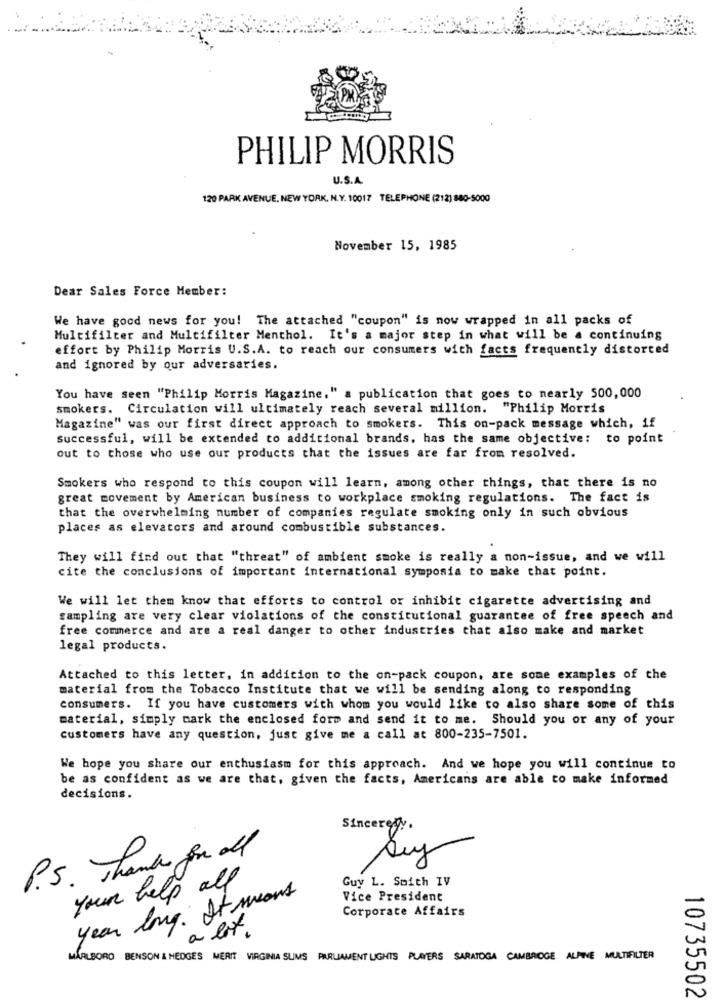
PHILIP MORRIS
U.S.A.
120 PARK AVENUE, NEW YORK, N.Y. 10017 TELEPHONE (212) 880-5000
November 15, 1985
Dear Sales Force Member:
We have good news for you! The attached "coupon" is now wrapped in all packs of
Multifilter and Multifilter Menthol. It's a major step in what will be a continuing
effort by Philip Morris U.S.A. to reach our consumers with facts frequently distorted
and ignored by our adversaries.
You have seen "Philip Morris Magazine." a publication that goes to nearly 500,000
smokers. Circulation will ultimately reach several million. "Philip Morris
Magazine" was our first direct approach to smokers. This on-pack message which, if
successful, will be extended to additional brands, has the same objective: to point
out to those who use our products that the issues are far from resolved.
Smokers who respond to this coupon will learn, among other things, that there is no
great movement by American business to workplace smoking regulations. The fact is
that the overwhelming number of companies regulate smoking only in such obvious
places as elevators and around combustible substances.
They will find out that "threat" of ambient smoke is really a non-issue, and we will
cite the conclusions of important international symposia to make that point.
We will let them know that efforts to control or inhibit cigarette advertising and
sampling are very clear violations of the constitutional guarantee of free speech and
free commerce and are a real danger to other industries that also make and market
legal products.
Attached to this letter, in addition to the on-pack coupon, are some examples of the
material from the Tobacco Institute that we will be sending along to responding
consumers. If you have customers with whom you would like to also share some of this
material, simply mark the enclosed form and send it to me. Should you or any of your
customers have any question, just give me a call at 800-235-7501.
We hope you share our enthusiasm for this approach. And we hope you will continue to
be as confident as we are that, given the facts, Americans are able to make informed
decisions.
Sincerely
P.S. Thanks for al
Suy
Guy L. Smith IV
your help all
year long. It means
Vice President
Corporate Affairs
a lot .
MARLBORO BENSON & HEDGES MERIT VIRGINIA SLIMS PARLIAMENT LIGHTS PLAYERS SARATOGA CAMBRIDGE ALPINE MULTIFILTER
10735502